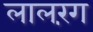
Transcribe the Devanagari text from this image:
लालरंग